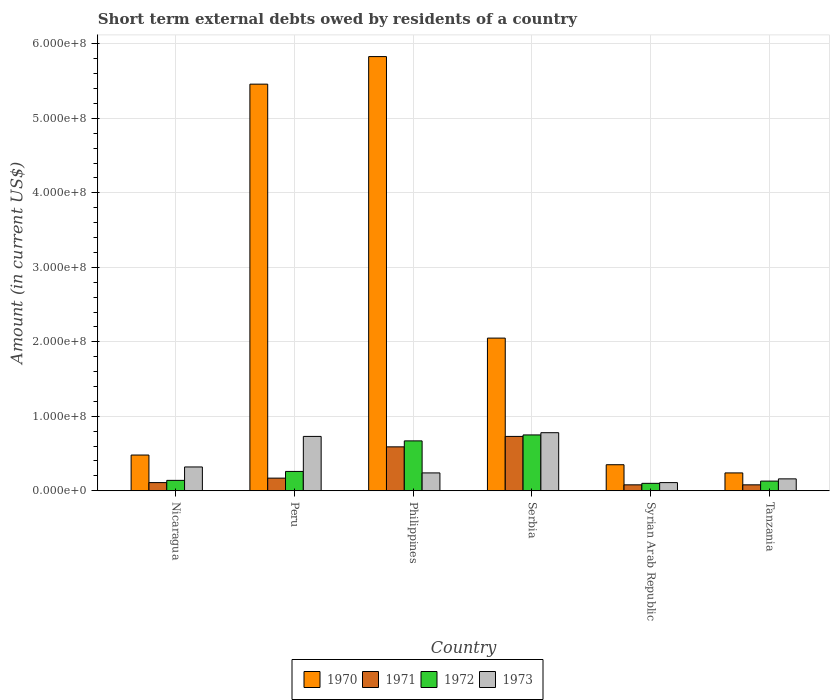
| Country | 1970 | 1971 | 1972 | 1973 |
 | --- | --- | --- | --- | --- |
 | Nicaragua | 4.8e+07 | 1.1e+07 | 1.4e+07 | 3.2e+07 |
 | Peru | 5.46e+08 | 1.7e+07 | 2.6e+07 | 7.3e+07 |
 | Philippines | 5.83e+08 | 5.9e+07 | 6.7e+07 | 2.4e+07 |
 | Serbia | 2.05e+08 | 7.3e+07 | 7.5e+07 | 7.8e+07 |
 | Syrian Arab Republic | 3.5e+07 | 8e+06 | 1e+07 | 1.1e+07 |
 | Tanzania | 2.4e+07 | 8e+06 | 1.3e+07 | 1.6e+07 |